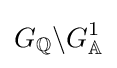
G_{\mathbb {Q} }\backslash G_{\mathbb {A} }^{1}